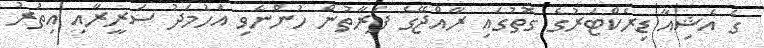
ގެ އެޝިއާ ޑިރެކްޓަރުގެ ގޮތުގައި ރާއްޖޭގެ ފަރާތުން ހުންނެވި އަހުމަދު ސަރީރާއި އިތުރު